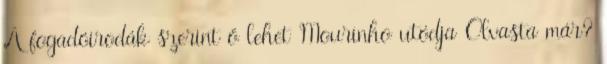
A fogadóirodák szerint ő lehet Mourinho utódja Olvasta már?